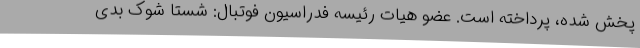
پخش شده، پرداخته است. عضو هیات رئیسه فدراسیون فوتبال: شستا شوک بدی